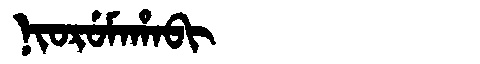
Manchu: ᠨᡳᠣᡵᡠᠮᠠᡥᠠᠪᡳ
Romanization: NIORUMAHABI